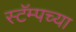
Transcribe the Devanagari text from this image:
स्टॅम्पच्या